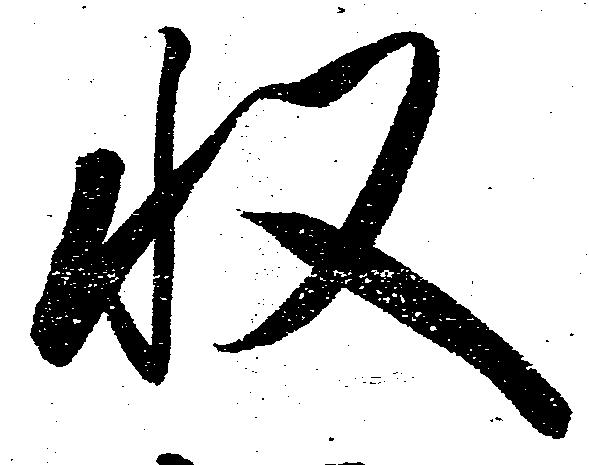
収